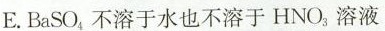
E.B_{a}SO_{4}不溶于水也不溶于HNO_{3}溶液